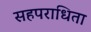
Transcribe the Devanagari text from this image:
सहपराधिता